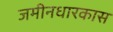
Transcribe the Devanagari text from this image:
जमीनधारकास